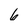
Character: 6